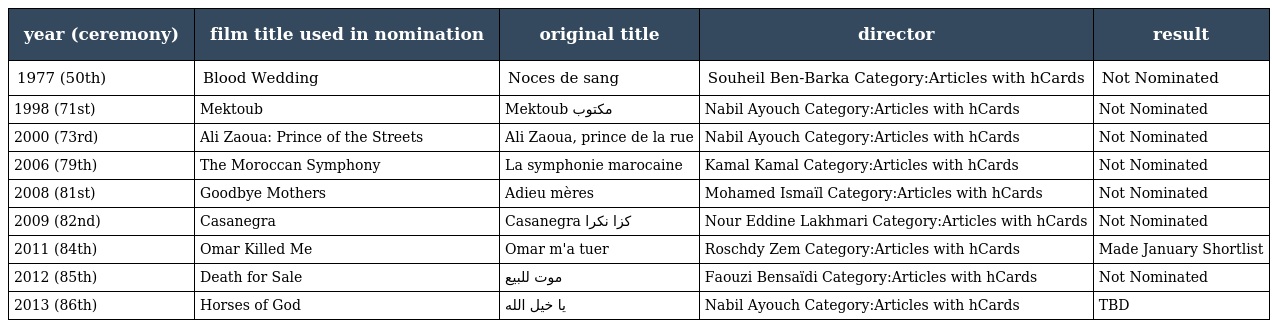
| year (ceremony) | film title used in nomination | original title | director | result |
 | --- | --- | --- | --- | --- |
 | 1977 (50th) | Blood Wedding | Noces de sang | Souheil Ben-Barka Category:Articles with hCards | Not Nominated |
 | 1998 (71st) | Mektoub | Mektoub مكتوب | Nabil Ayouch Category:Articles with hCards | Not Nominated |
 | 2000 (73rd) | Ali Zaoua: Prince of the Streets | Ali Zaoua, prince de la rue | Nabil Ayouch Category:Articles with hCards | Not Nominated |
 | 2006 (79th) | The Moroccan Symphony | La symphonie marocaine | Kamal Kamal Category:Articles with hCards | Not Nominated |
 | 2008 (81st) | Goodbye Mothers | Adieu mères | Mohamed Ismaïl Category:Articles with hCards | Not Nominated |
 | 2009 (82nd) | Casanegra | Casanegra كزا نكرا | Nour Eddine Lakhmari Category:Articles with hCards | Not Nominated |
 | 2011 (84th) | Omar Killed Me | Omar m'a tuer | Roschdy Zem Category:Articles with hCards | Made January Shortlist |
 | 2012 (85th) | Death for Sale | موت للبيع | Faouzi Bensaïdi Category:Articles with hCards | Not Nominated |
 | 2013 (86th) | Horses of God | يا خيل الله | Nabil Ayouch Category:Articles with hCards | TBD |